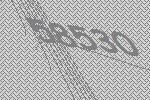
58530